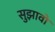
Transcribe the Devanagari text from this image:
सुझावो